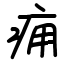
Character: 痈